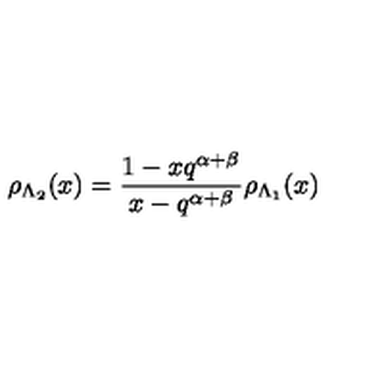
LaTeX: \rho _ { \Lambda _ { 2 } } ( x ) = \frac { 1 - x q ^ { \alpha + \beta } } { x - q ^ { \alpha + \beta } } \rho _ { \Lambda _ { 1 } } ( x )